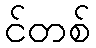
င်တစ်